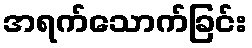
အရက်သောက်ခြင်း